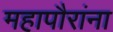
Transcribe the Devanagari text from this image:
महापौरांना